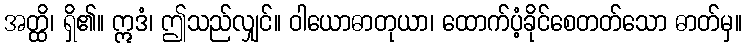
အတ္ထိ၊ ရှိ၏။ ဣဒံ၊ ဤသည်လျှင်။ ဝါယောဓာတုယာ၊ ထောက်ပံ့ခိုင်စေတတ်သော ဓာတ်မှ။